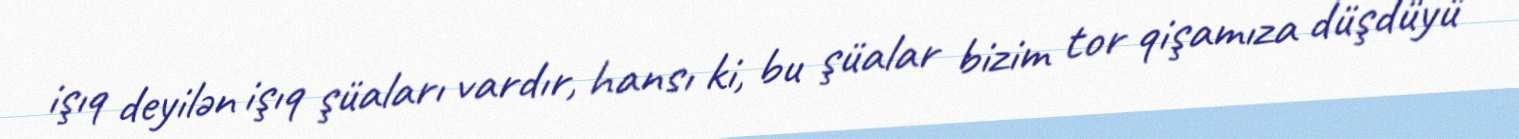
işıq deyilən işıq şüaları vardır, hansı ki, bu şüalar bizim tor qişamıza düşdüyü